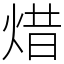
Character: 焟